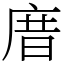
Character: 庴